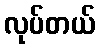
လုပ်တယ်